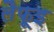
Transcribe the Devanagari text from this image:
लैफूइ